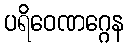
ပရိဝေဏဂ္ဂေန